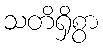
သတိရှိစွာ